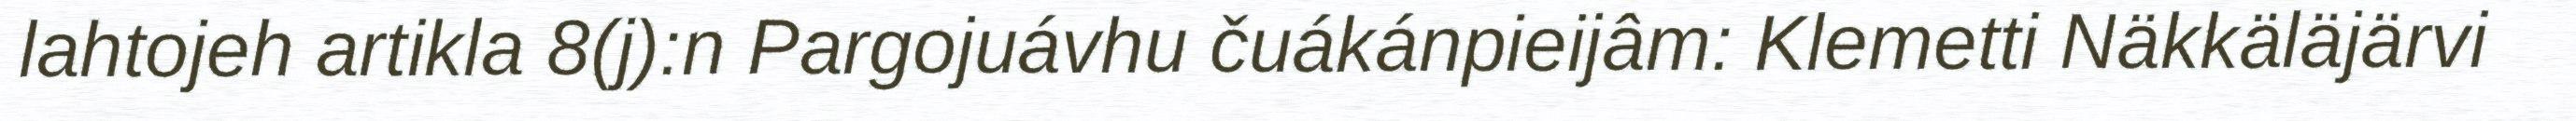
lahtojeh artikla 8(j):n Pargojuávhu čuákánpieijâm: Klemetti Näkkäläjärvi